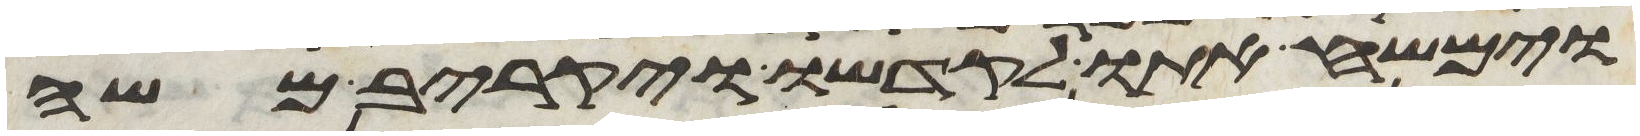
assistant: וימשח אתו לקדשו ויקריב משה